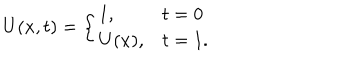
U ( x , t ) = \left\{ \begin{array} { l l } { { 1 , } } & { { t = 0 } } \\ { { U ( x ) , } } & { { t = 1 . } } \\ \end{array} \right.